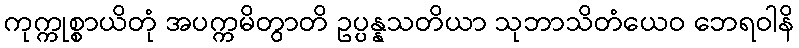
ကုက္ကုစ္စာယိတုံ အပက္ကမိတွာတိ ဥပ္ပန္နသတိယာ သုဘာသိတံယေဝ ဘေရဝါနိ